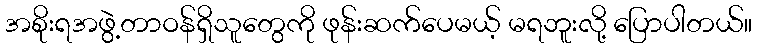
အစိုးရအဖွဲ့တာဝန်ရှိသူတွေကို ဖုန်းဆက်ပေမယ့် မရဘူးလို့ ပြောပါတယ်။